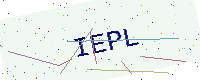
Text: IEPL